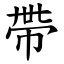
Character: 帶